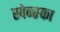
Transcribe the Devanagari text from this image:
स्वेन्स्का